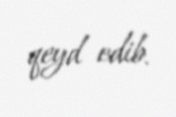
qeyd edib.